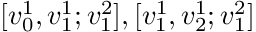
[ v _ { 0 } ^ { 1 } , v _ { 1 } ^ { 1 } ; v _ { 1 } ^ { 2 } ] , [ v _ { 1 } ^ { 1 } , v _ { 2 } ^ { 1 } ; v _ { 1 } ^ { 2 } ]